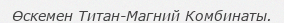
Өскемен Титан-Магний Комбинаты.